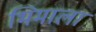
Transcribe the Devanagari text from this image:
भिमाला